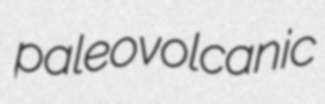
paleovolcanic